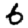
Digit: 6